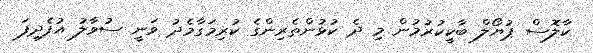
ކާލޮސް ޕުޔޯލް ބާކީކުރުމުން މި ދެ ކުޅުންތެރިންގެ ކުރިމަގާމެދު ވަނީ ސުވާލު އުފެދިފަ